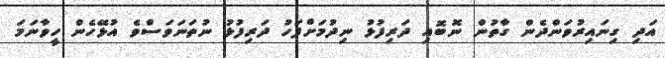
އަދި ގިނައިރުވަންދެން ގާތުން ނޮބޮއި ދަރިފުޅު ނިދުމަށްފަހު ދަރިފުޅު ނުތަނަވަސްވެ އުޅޭހެން ހީވާނަމަ